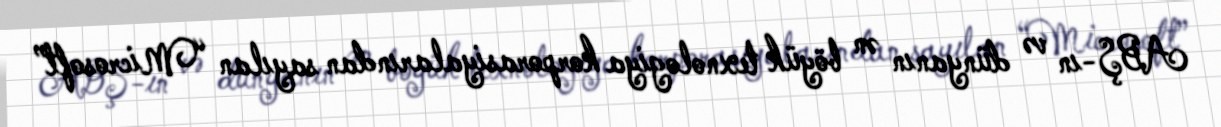
ABŞ-ın və dünyanın ən böyük texnologiya korporasiyalarından sayılan “Microsoft”